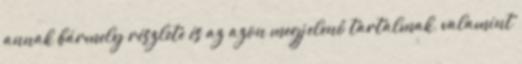
annak bármely részlete és az azon megjelenő tartalmak, valamint